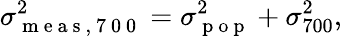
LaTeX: \sigma_{\mathrm{~m~e~a~s~,~7~0~0~}}^{2}=\sigma_{\mathrm{~p~o~p~}}^{2}+\sigma_{700}^{2},